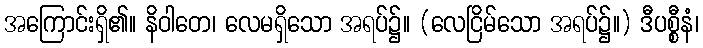
အကြောင်းရှိ၏။ နိဝါတေ၊ လေမရှိသော အရပ်၌။ (လေငြိမ်သော အရပ်၌။) ဒီပစ္စီနံ၊